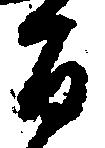
旨